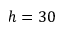
h = 3 0